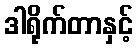
ဒါရိုက်တာနှင့်